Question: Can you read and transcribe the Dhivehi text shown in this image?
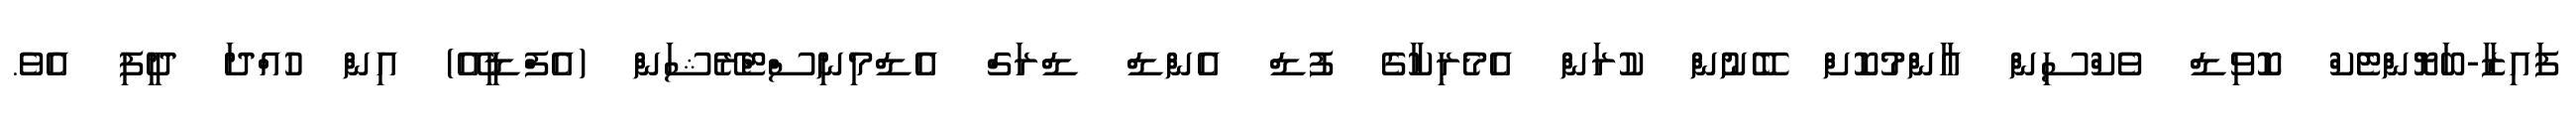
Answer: ފައިޒާ-ބަޔޮންޓެކް ކޮވިޑް ވެކްސިން އާންމުކޮށް ބޭނުން ކުރަން އެމެރިކާގެ ފުޑް އެންޑް ޑްރަގް އެޑްމިނިސްޓްރޭޝަން (އެފްޑީއޭ) އިން ހުއްދަ ދީފި އެވެ.